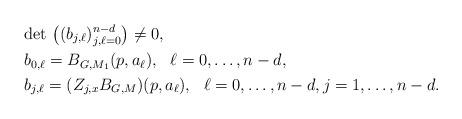
LaTeX: \begin{align*}&{\rm det\,}\left((b_{j,\ell})^{n-d}_{j,\ell=0}\right)\neq0,\\&b_{0,\ell}=B_{G,M_1}(p,a_{\ell}),\ \ \ell=0,\ldots,n-d,\\&b_{j,\ell}=(Z_{j,x}B_{G,M})(p,a_\ell),\ \ \ell=0,\ldots,n-d, j=1,\ldots,n-d.\end{align*}